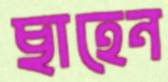
ছাহেন